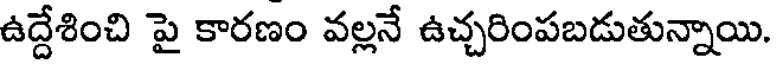
ఉద్దేశించి పై కారణం వల్లనే ఉచ్చరింపబడుతున్నాయి.